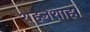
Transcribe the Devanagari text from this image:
शहनशाह।